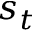
s _ { t }